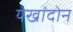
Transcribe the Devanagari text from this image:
येखांदोन